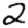
Digit: 2